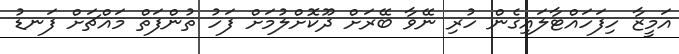
އަމީޒާ ހިފަހައްޓާލައިގެން ހުރި ނޭވާ ބޭރަށް ދޫކޮށްލުމަށް ފަހު ތުންފަތް މައްޗަށް ފަނޑު